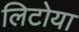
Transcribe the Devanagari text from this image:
लिटोया